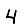
Digit: 4